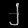
Digit: ၂